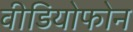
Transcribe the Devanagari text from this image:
वीडियोफोन